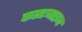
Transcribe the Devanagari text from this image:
कस्टमाइज